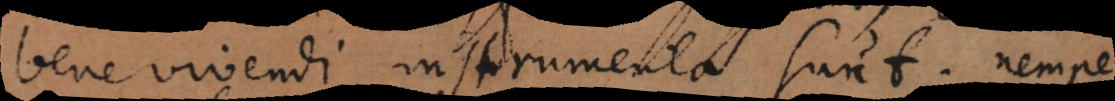
bene vivendi instrumenta sunt; nempe